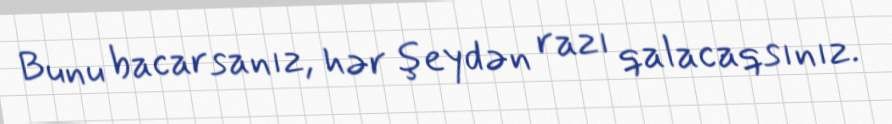
Bunu bacarsanız, hər şeydən razı qalacaqsınız.